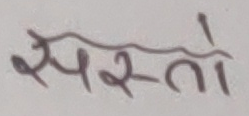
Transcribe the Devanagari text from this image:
सपस्तो